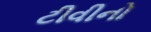
ટીવીનો